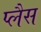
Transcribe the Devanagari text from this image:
प्लैस